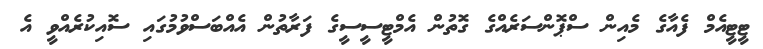
ޓީޓީއެމް ފެއާގެ މެއިން ސްޕޮންސަރެއްގެ ގޮތުން އެމްޓީސީސީގެ ފަރާތުން އެއްބަސްވުމުގައި ސޮއިކުރެއްވީ އެ